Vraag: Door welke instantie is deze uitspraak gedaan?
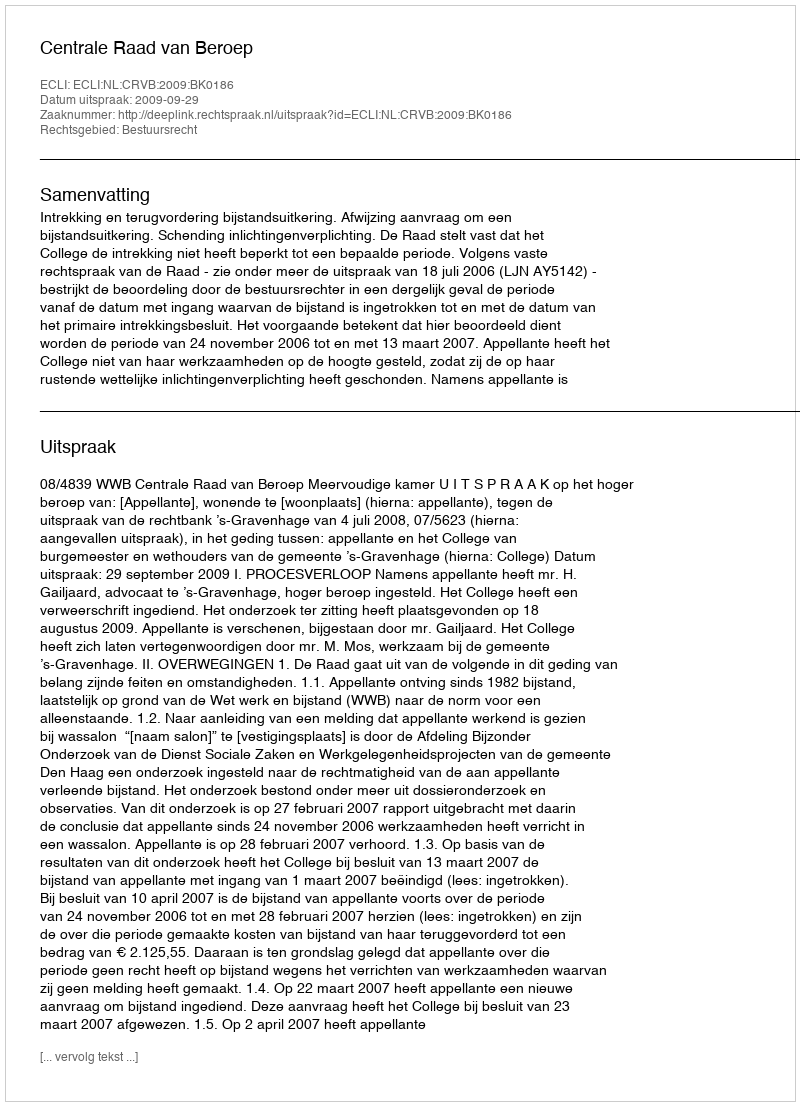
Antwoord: Centrale Raad van Beroep